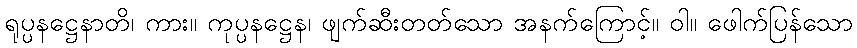
ရုပ္ပနဋ္ဌေနာတိ၊ ကား။ ကုပ္ပနဋ္ဌေန၊ ဖျက်ဆီးတတ်သော အနက်ကြောင့်။ ဝါ။ ဖေါက်ပြန်သော